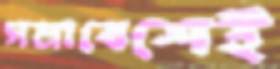
সমাবেশেই